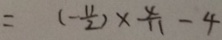
= ( - \frac { 1 1 } { 2 } ) \times \frac { 4 } { 1 1 } - 4